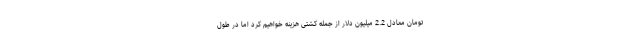
تومان معادل 2.2 میلیون دلار از جمله کشتی هزینه خواهیم کرد اما در طول